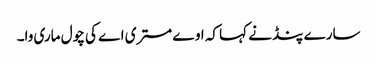
سارے پنڈ نے کہا کہ اوے مستری اے کی چول ماری وا۔